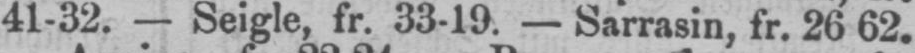
41-32. - Seigle, fr. 33-19. - Sarrasin, fr. 26 62.